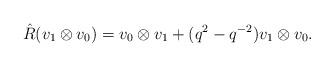
LaTeX: \begin{align*}\hat{R}(v_{1}\otimes v_{0})=v_{0}\otimes v_{1}+(q^{2}-q^{-2})v_{1}\otimes v_{0}.\end{align*}